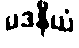
မဒနီယံ